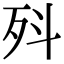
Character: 𭮃